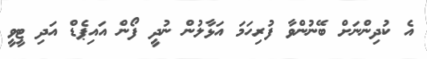
އެ ކުދިންނަށް ބޭނުންވާ ފުރިހަމަ އަޅާލުން ނުދީ ފޯން އައިޕެޑް އަދި ޓީވީ